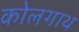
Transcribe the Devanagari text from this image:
कोलगाथ